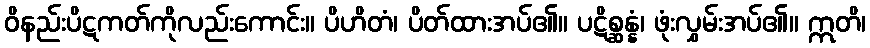
ဝိနည်းပိဋကတ်ကိုလည်းကောင်း။ ပိဟိတံ၊ ပိတ်ထားအပ်၏။ ပဋိစ္ဆန္နံ၊ ဖုံးလွှမ်းအပ်၏။ ဣတိ၊